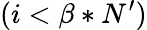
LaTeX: (i<\beta*N^{\prime})